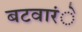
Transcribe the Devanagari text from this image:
बटवारंे